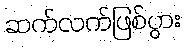
ဆက်လက်ဖြစ်ပွား